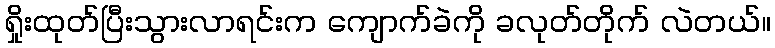
ရှိုးထုတ်ပြီးသွားလာရင်းက ကျောက်ခဲကို ခလုတ်တိုက် လဲတယ်။